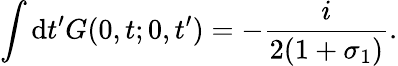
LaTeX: \int\mathrm{d}t^{\prime}G(0,t;0,t^{\prime})=-\frac{{i}}{{2(1+\sigma_{1})}}.